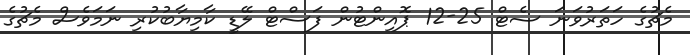
މެޗުގެ ހަތަރުވަނަ ސެޓް 25-12 ޕޮއިންޓުން ފަސްޓް ލޭޑީ ކާމިޔާބުކުރި ނަމަވެސް މެޗުގެ